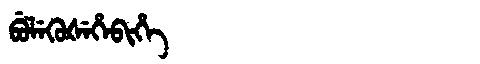
Manchu: ᠪᡠᠯᡝᡴᡠᡧᡝᡥᡝᠪᡳᡥᡝ
Romanization: BULEKUŠEHEBIHE